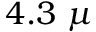
4 . 3 \ \mu